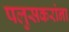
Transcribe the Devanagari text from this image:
पलुसकरांना